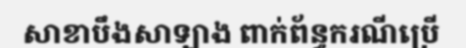
សាខាបឹងសាឡាង ពាក់ព័ន្ធករណីប្រើ